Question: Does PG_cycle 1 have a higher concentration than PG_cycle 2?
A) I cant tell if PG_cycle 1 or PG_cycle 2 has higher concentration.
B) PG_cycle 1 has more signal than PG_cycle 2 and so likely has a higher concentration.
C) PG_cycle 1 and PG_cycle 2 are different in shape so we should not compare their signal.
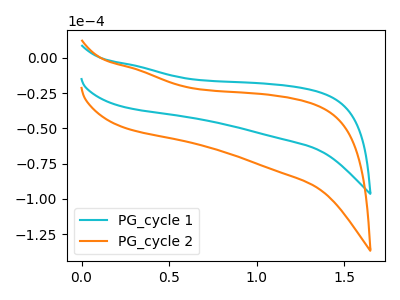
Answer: <think>The cyan curve "PG_cycle 1" has no peaks. The orange curve "PG_cycle 2" has no peaks.
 Neither "PG_cycle 1" or "PG_cycle 2" have any peaks.</think>
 <answer>A) I cant tell if "PG_cycle 1" or "PG_cycle 2" has higher concentration.</answer>
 <eval>A</eval>